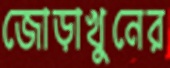
জোড়াখুনের